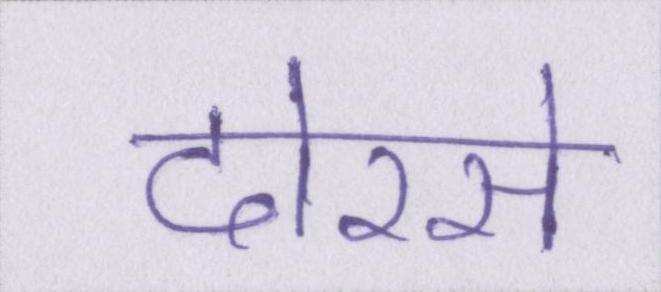
दोरसे